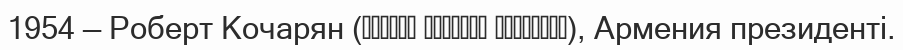
1954 — Роберт Кочарян (Ռոբերտ Սեդրակի Քոչարյան), Армения президенті.